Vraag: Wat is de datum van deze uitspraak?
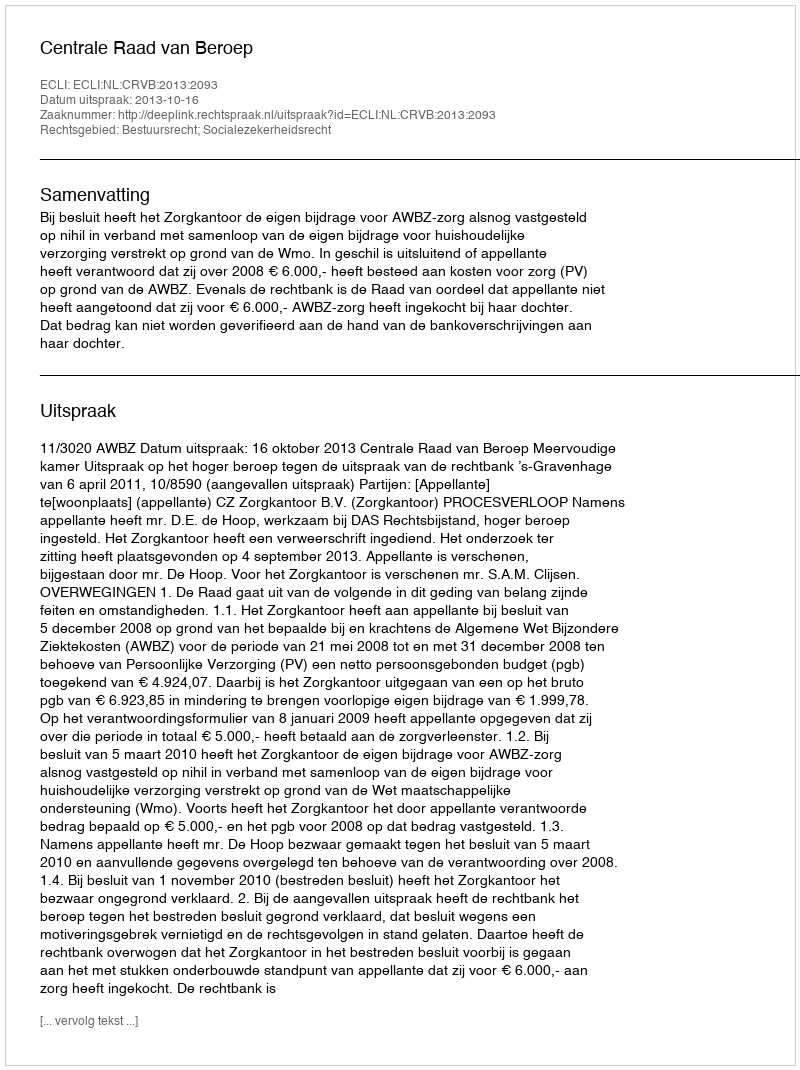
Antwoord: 2013-10-16